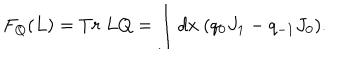
LaTeX: F _ { Q } ( L ) = T r { ~ } L Q = \int d x { ~ } ( q _ { 0 } J _ { 1 } - q _ { - 1 } J _ { 0 } ) .